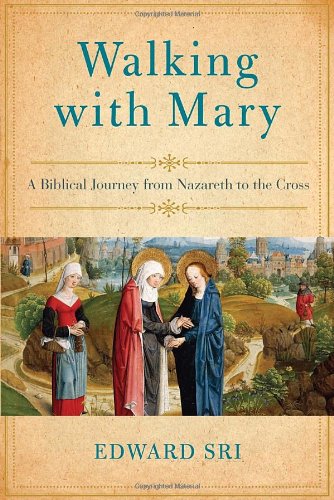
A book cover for Walking with Mary: A Biblical Journey from Nazareth to the Cross; Edward Sri; Biographies & Memoirs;